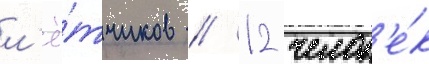
л'ё́тчиков / 12 челов'е́к